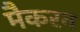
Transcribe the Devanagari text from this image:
मैकरन